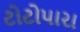
ટોટોપારા